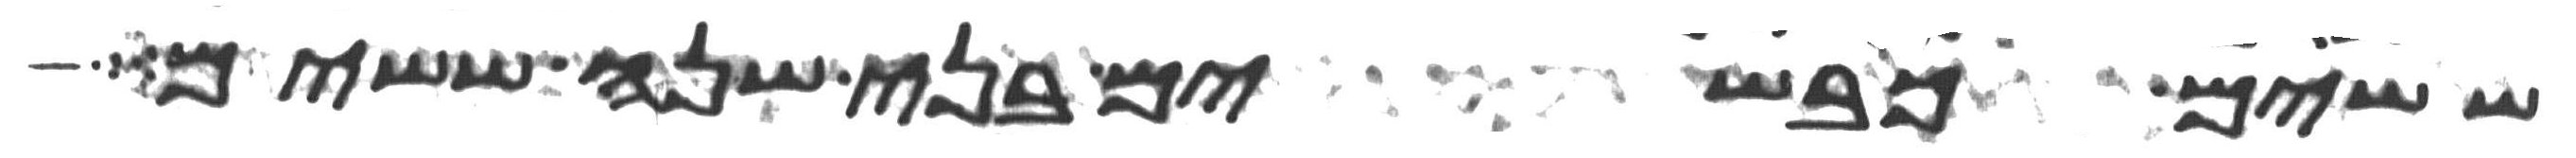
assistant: ששים כבשים בני שנה ששים